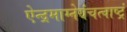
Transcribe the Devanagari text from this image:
ऐन्द्रमाग्नेयंचत्वाष्ट्रं